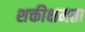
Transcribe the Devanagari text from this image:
शक्तीक्षमता